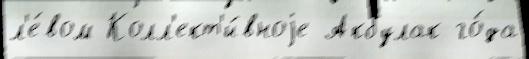
л'е́вом Колл'ект'и́вноjе Акбулак го́да